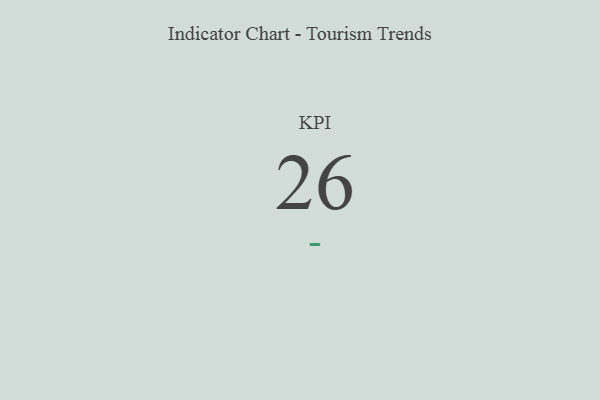
{"axis": {"x": "KPI", "y": "Value"}, "legend": [""], "data": [{"x": "KPI", "y": 26, "type": ""}]}